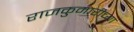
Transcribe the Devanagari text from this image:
राजकुमारीच्या